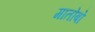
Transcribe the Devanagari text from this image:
मातोबो